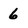
Character: 6